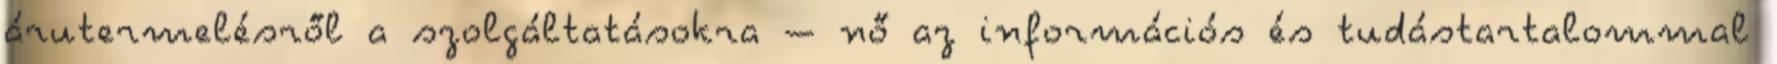
árutermelésről a szolgáltatásokra – nő az információs és tudástartalommal